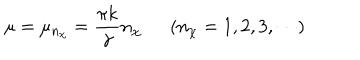
LaTeX: \mu = \mu _ { n _ { \chi } } = \frac { \pi k } { \gamma } n _ { \chi } ( n _ { \chi } = 1 , 2 , 3 , \cdots )